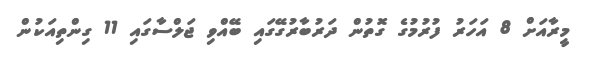
މީރާއަށް 8 އަހަރު ފުރުމުގެ ގޮތުން ދަރުބާރުގޭގައި ބޭއްވި ޖަލްސާގައި 11 ގިންތިއަކުން